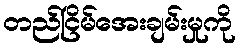
တည်ငြိမ်အေးချမ်းမှုကို